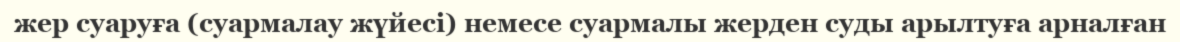
жер суаруға (суармалау жүйесі) немесе суармалы жерден суды арылтуға арналған